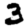
Digit: 3